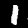
Label: 1